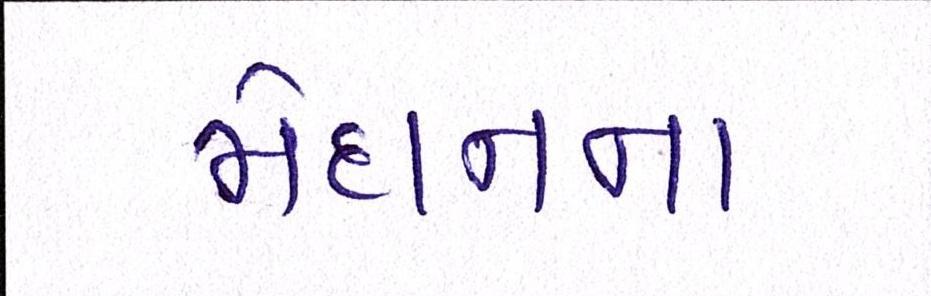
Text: મેદાનના